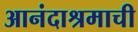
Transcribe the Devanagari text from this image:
आनंदाश्रमाची